Civil Veterinary Department. Madras. Admin. report 1910-25 - 1910-1925
Year: 1910
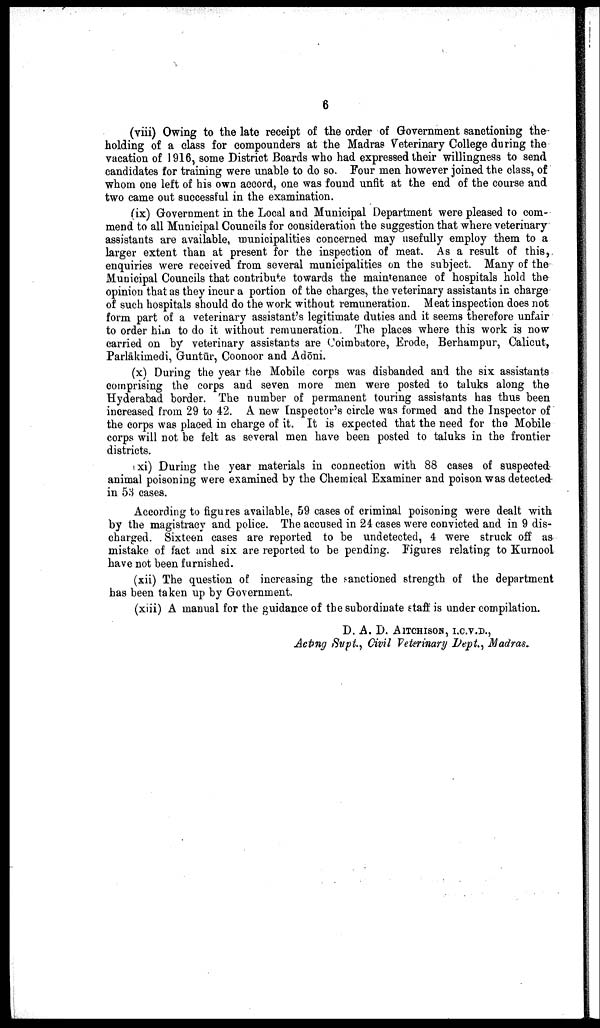
6
(viii) Owing to the late receipt of the order of Government sanctioning the
holding of a class for compounders at the Madras Veterinary College during the
vacation of 1916, some District Boards who had expressed their willingness to send
candidates for training were unable to do so. Four men however joined the class, of
whom one left of his own accord, one was found unfit at the end of the course and
two came out successful in the examination.
(ix) Government in the Local and Municipal Department were pleased to com
mend to all Municipal Councils for consideration the suggestion that where veterinary
assistants are available, municipalities concerned may usefully employ them to a
larger extent than at present for the inspection of meat. As a result of this,
enquiries were received from several municipalities on the subject. Many of the
Municipal Councils that contribute towards the maintenance of hospitals hold the
opinion that as they incur a portion of the charges, the veterinary assistants in charge
of such hospitals should do the work without remuneration. Meat inspection does not
form part of a veterinary assistant's legitimate duties and it seems therefore unfair
to order him to do it without remuneration. The places where this work is now
carried on by veterinary assistants are Coimbatore, Erode, Berhampur, Calicut,
Parlākimedi, Guntūr, Coonoor and Adōni.
(x) During the year the Mobile corps was disbanded and the six assistants
comprising the corps and seven more men were posted to taluks along the
Hyderabad border. The number of permanent touring assistants has thus been
increased from 29 to 42. A new Inspector's circle was formed and the Inspector of
the corps was placed in charge of it. It is expected that the need for the Mobile
corps will not be felt as several men have been posted to taluks in the frontier
districts.
(xi) During the year materials in connection with 88 cases of suspected
animal poisoning were examined by the Chemical Examiner and poison was detected
in 53 cases.
According to figures available, 59 cases of criminal poisoning were dealt with
by the magistracy and police. The accused in 24 cases were convicted and in 9 dis
charged. Sixteen cases are reported to be undetected, 4 were struck off as
mistake of fact and six are reported to be pending. Figures relating to Kurnool
have not been furnished.
(xii) The question of increasing the sanctioned strength of the department
has been taken up by Government.
(xiii) A manual for the guidance of the subordinate staff is under compilation.
D. A. D. AITCHISON, I.C.V.D.,
Acting Supt., Civil Veterinary Dept., Madras.